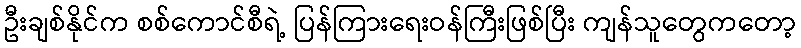
ဦးချစ်နိုင်က စစ်ကောင်စီရဲ့ ပြန်ကြားရေးဝန်ကြီးဖြစ်ပြီး ကျန်သူတွေကတော့